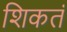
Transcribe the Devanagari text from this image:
शिकतं